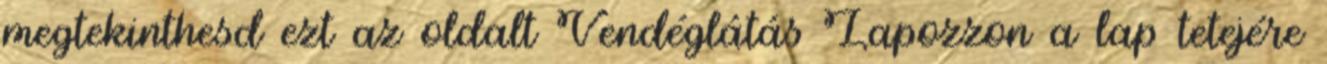
megtekinthesd ezt az oldalt Vendéglátás Lapozzon a lap tetejére